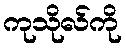
ကုသိုလ်ကို